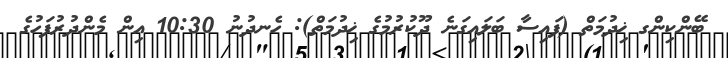
ބޭންކިންގ ޚިދުމަތް (ފައިސާ ބަލައިގަނެ ދޫކުރުމުގެ ޚިދުމަތް): ހެނދުނު 10:30 އިން މެންދުރުފަހުގެ